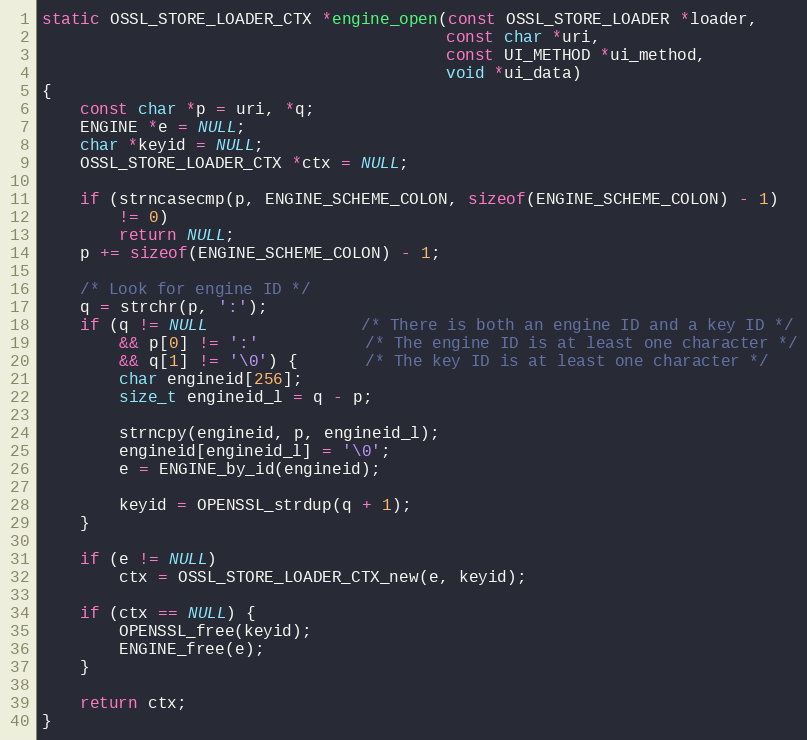
Language: C
static OSSL_STORE_LOADER_CTX *engine_open(const OSSL_STORE_LOADER *loader,
                                          const char *uri,
                                          const UI_METHOD *ui_method,
                                          void *ui_data)
{
    const char *p = uri, *q;
    ENGINE *e = NULL;
    char *keyid = NULL;
    OSSL_STORE_LOADER_CTX *ctx = NULL;

    if (strncasecmp(p, ENGINE_SCHEME_COLON, sizeof(ENGINE_SCHEME_COLON) - 1)
        != 0)
        return NULL;
    p += sizeof(ENGINE_SCHEME_COLON) - 1;

    /* Look for engine ID */
    q = strchr(p, ':');
    if (q != NULL                /* There is both an engine ID and a key ID */
        && p[0] != ':'           /* The engine ID is at least one character */
        && q[1] != '\0') {       /* The key ID is at least one character */
        char engineid[256];
        size_t engineid_l = q - p;

        strncpy(engineid, p, engineid_l);
        engineid[engineid_l] = '\0';
        e = ENGINE_by_id(engineid);

        keyid = OPENSSL_strdup(q + 1);
    }

    if (e != NULL)
        ctx = OSSL_STORE_LOADER_CTX_new(e, keyid);

    if (ctx == NULL) {
        OPENSSL_free(keyid);
        ENGINE_free(e);
    }

    return ctx;
}